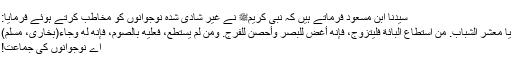
سیدنا ابن مسعود فرماتے ہیں کہ نبی کریمﷺ نے غیر شادی شدہ نوجوانوں کو مخاطب کرتے ہوئے فرمایا:
يا معشر الشباب. من استطاع البائةَ فليتزوّج، فإنه أغضُّ للبصر وأحصَنُ للفرْج. ومن لم يستطع، فعليه بالصَّوم، فإنه لهُ وِجَاءٌ(بخاری، مسلم)
اے نوجوانوں کی جماعت!